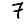
Digit: 7